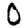
Digit: 0